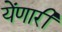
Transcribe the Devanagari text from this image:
येंणारी